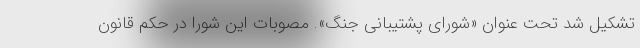
تشکیل شد تحت عنوان «شورای پشتیبانی جنگ». مصوبات این شورا در حکم قانون